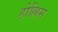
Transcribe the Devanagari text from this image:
होल्लिस